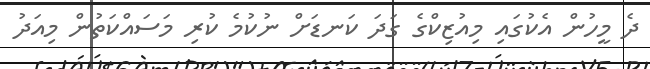
ދެ މީހުން އެކުގައި މިއުޒިކްގެ ގަދަ ކަނޑަށް ނުކުމެ ކުރި މަސައްކަތުން މިއަދު